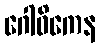
ဂေါဓိကေန